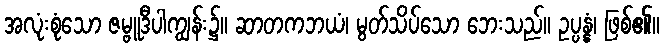
အလုံးစုံသော ဇမ္ဗူဒီပါကျွန်း၌။ ဆာတကဘယံ၊ မွတ်သိပ်သော ဘေးသည်။ ဥပ္ပန္နံ၊ ဖြစ်၏။